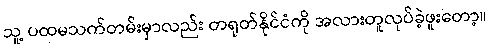
သူ့ ပထမသက်တမ်းမှာလည်း တရုတ်နိုင်ငံကို အလားတူလုပ်ခဲ့ဖူးတော့။